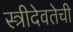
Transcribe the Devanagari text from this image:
स्त्रीदेवतेची